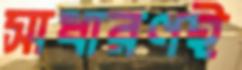
সাধারণই